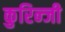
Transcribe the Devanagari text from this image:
कुरिन्‍जी